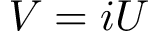
V = i U